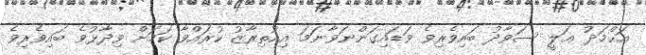
އަޙްމަދު ޢަލީ ސަވާދު ބައިވެރިވެ ވަޑައިގަންނަވާނަމަ އިއުތިރާޒު ކުރައްވާ ކަމަށް ވިދާޅުވެ ބައިވެރިވެ